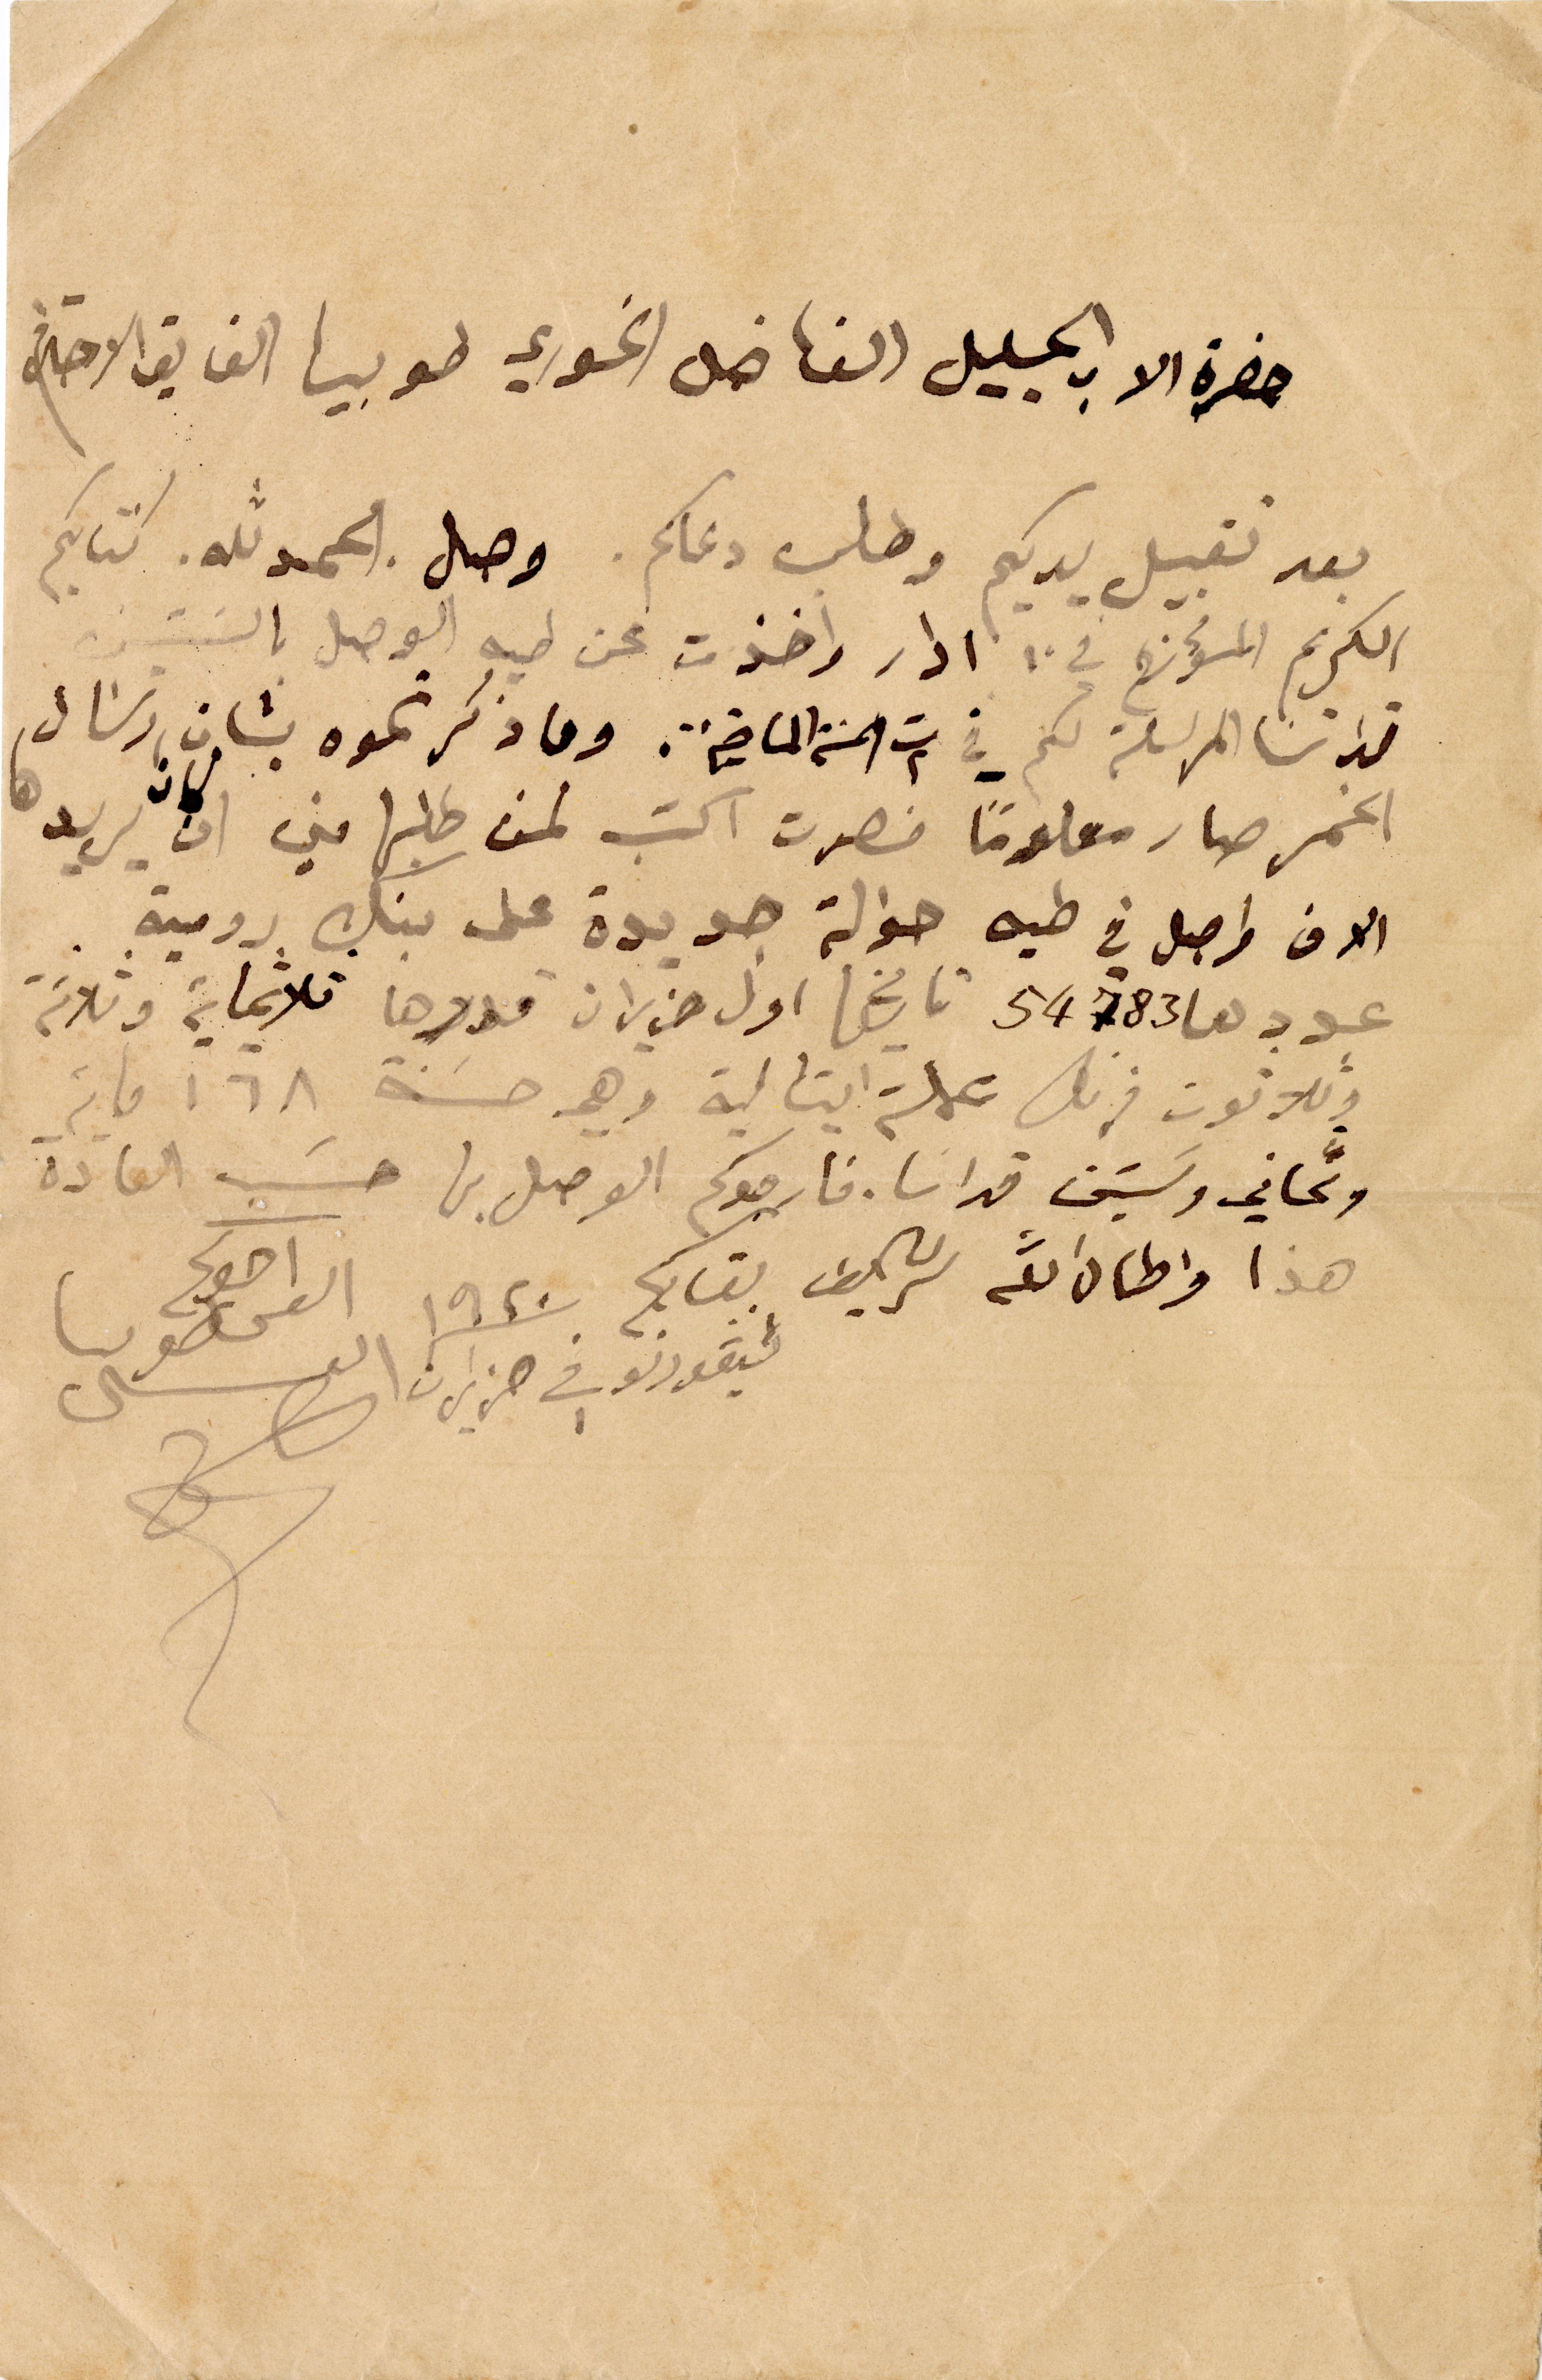
حضرة الاب الجليل الفاضل الخوري طوبيا الفايق الاحترام
بعد تقبيل يديكم وطلب دعاكم. وصل الحمدلله. كتابكم
الكريم المؤرخ في ١٠ ادار واخذت عن طيه الوصل بالستين
قداسا المرسلة لكم في ت٢ السنة الماضية. وما ذكرتموه بشان ارسال
الخمر صار معلوماً فصرت اكتب لمن طلبها مني ان كان يريدها
الان واصل في طيه حوالة جديدة على بنك رومية.
عددها ٥٤٧٨٣ تاريخها اول حزيران قدرها ثلاثماية وثلاثة
وثلاثون فرنك عملة ايتالية وهي حسنة ١٦٨ ماية
وثماني وستين قداسا. فارجوكم الوصل بها حسب العادة
هذا واطال الله شريف بقاكم
ليقورنو في حزيران /١٩٢٠
اخوكم
القس طوبيا